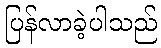
ပြန်လာခဲ့ပါသည်